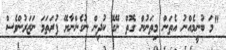
"މަ ބުނީމެއްނު އެތަން މިތަނުން ގޮތް ނޭގޭ ކުދިން ނުގެންނާށޭ ފުރަތަމަ ނަޒަރުންވެސް